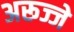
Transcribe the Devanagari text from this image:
अरूज्जे